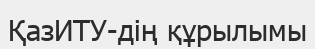
ҚазИТУ-дің құрылымы